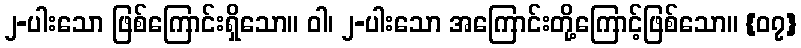
၂-ပါးသော ဖြစ်ကြောင်းရှိသော။ ဝါ၊ ၂-ပါးသော အကြောင်းတို့ကြောင့်ဖြစ်သော။ {၀၇}